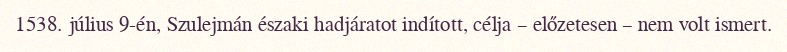
1538. július 9-én, Szulejmán északi hadjáratot indított, célja – előzetesen – nem volt ismert.